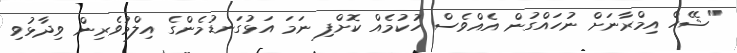
"ޝޭހް އިމްރާނަށް ނުހައްގުން އެއްވެސް ހުކުމެއް ކޮށްފި ނަމަ އަޅުގަނޑުމެންގެ އިލްމުވެރިން ވިދާޅުވި